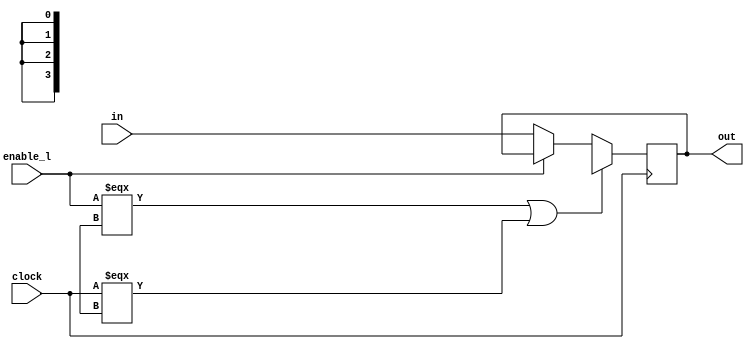
module Mregister_4 (out, in, clock, enable_l);
output [3:0] out;
input [3:0] in;
input clock;
input enable_l;
    reg [3:0] out;
    reg [3:0] master;
    always @ (posedge clock) begin
	if((enable_l === 1'bx) || (clock === 1'bx))  begin
	    master = 4'bx;
	    #1 out = master;
	end
	else if (~enable_l) begin
	    master = in;
	    #1 out = master;
	end
    end
endmodule